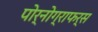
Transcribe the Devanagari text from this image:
पोर्नोग्राफर्स